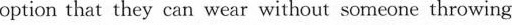
option that they can wear without someone throwing